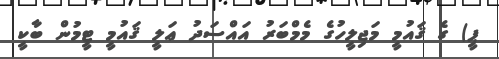
ޕީ) ގެ ޤައުމީ މަޖިލީހުގެ މެމްބަރު އައްސަދު ޢަލީ ޤައުމީ ޓީމުން ބާކީ